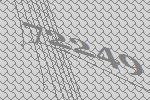
72249